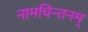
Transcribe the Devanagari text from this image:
नामचिन्तनम्